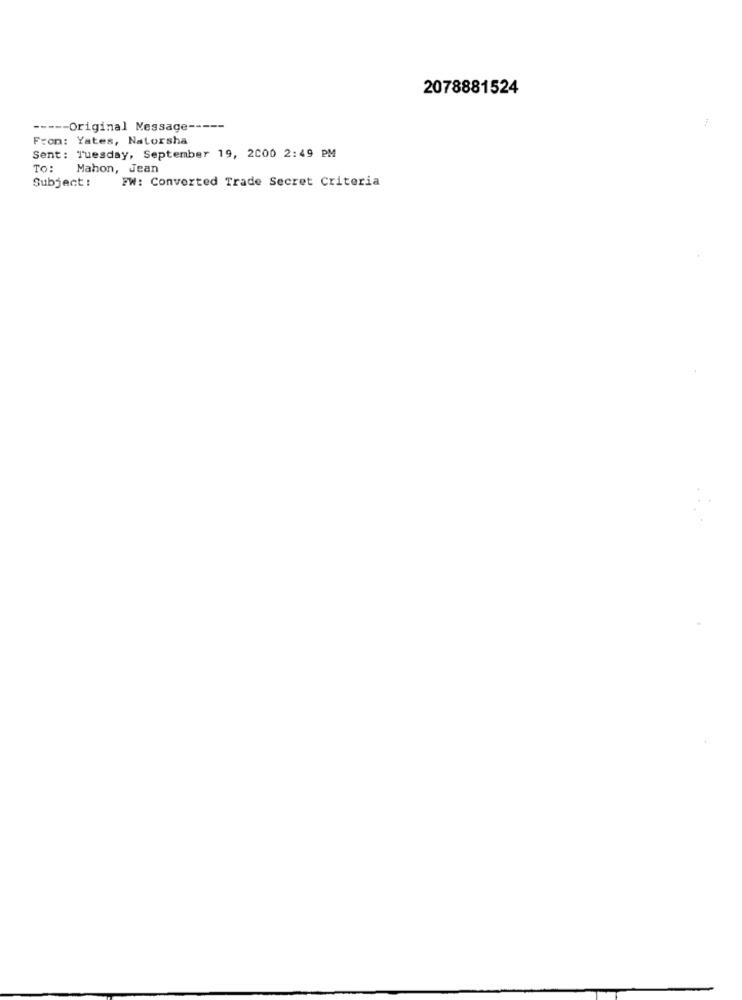
2078881524
----- Original Message -----
From: Yates, Nalorsha
Sent: Tuesday, September 19, 2000 2:49 PM
To: Mahon, Jean
Subject:
FW: Converted Trade Secret Criteria